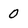
Character: 0